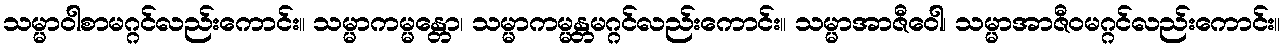
သမ္မာဝါစာမဂ္ဂင်လည်းကောင်း။ သမ္မာကမ္မန္တော၊ သမ္မာကမ္မန္တမဂ္ဂင်လည်းကောင်း။ သမ္မာအာဇီဝေါ၊ သမ္မာအာဇီဝမဂ္ဂင်လည်းကောင်း။